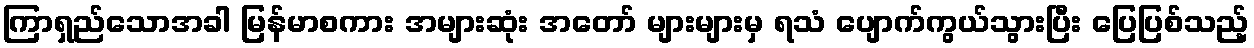
ကြာရှည်သောအခါ မြန်မာစကား အများဆုံး အတော် များများမှ ရသံ ပျောက်ကွယ်သွားပြီး ပြေပြစ်သည့်